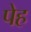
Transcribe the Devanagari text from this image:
पेह